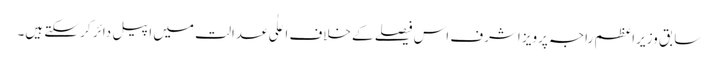
سابق وزیراعظم راجہ پرویز اشرف اس فیصلے کے خلاف اعلٰی عدالت میں اپیل دائر کر سکتے ہیں۔